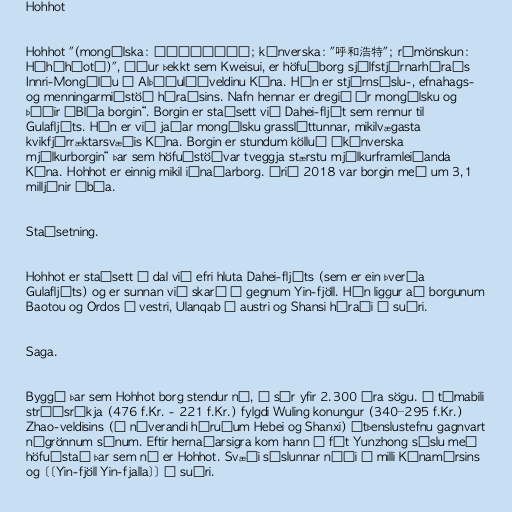
Hohhot

Hohhot "(mongólska: ᠬᠥᠬᠡᠬᠣᠲᠠ; kínverska: "呼和浩特"; rómönskun:
Hūhéhàotè)", áður þekkt sem Kweisui, er höfuðborg sjálfstjórnarhéraðs
Innri-Mongólíu í Alþýðulýðveldinu Kína. Hún er stjórnsýslu-, efnahags-
og menningarmiðstöð héraðsins. Nafn hennar er dregið úr mongólsku og
þýðir „Bláa borgin“. Borgin er staðsett við Dahei-fljót sem rennur til
Gulafljóts. Hún er við jaðar mongólsku grassléttunnar, mikilvægasta
kvikfjárræktarsvæðis Kína. Borgin er stundum kölluð „kínverska
mjólkurborgin“ þar sem höfuðstöðvar tveggja stærstu mjólkurframleiðanda
Kína. Hohhot er einnig mikil iðnaðarborg. Árið 2018 var borgin með um 3,1
milljónir íbúa.

Staðsetning.

Hohhot er staðsett í dal við efri hluta Dahei-fljóts (sem er ein þveráa
Gulafljóts) og er sunnan við skarð í gegnum Yin-fjöll. Hún liggur að borgunum
Baotou og Ordos í vestri, Ulanqab í austri og Shansi héraði í suðri.

Saga.

Byggð þar sem Hohhot borg stendur nú, á sér yfir 2.300 ára sögu. Á tímabili
stríðsríkja (476 f.Kr. - 221 f.Kr.) fylgdi Wuling konungur (340–295 f.Kr.)
Zhao-veldisins (í núverandi héruðum Hebei og Shanxi) útþenslustefnu gagnvart
nágrönnum sínum. Eftir hernaðarsigra kom hann á fót Yunzhong sýslu með
höfuðstað þar sem nú er Hohhot. Svæði sýslunnar náði á milli Kínamúrsins
og [[Yin-fjöll Yin-fjalla]] í suðri.